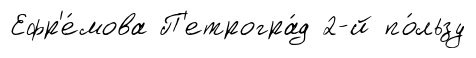
Ефр'е́мова П'етрогра́д 2-й по́льзу